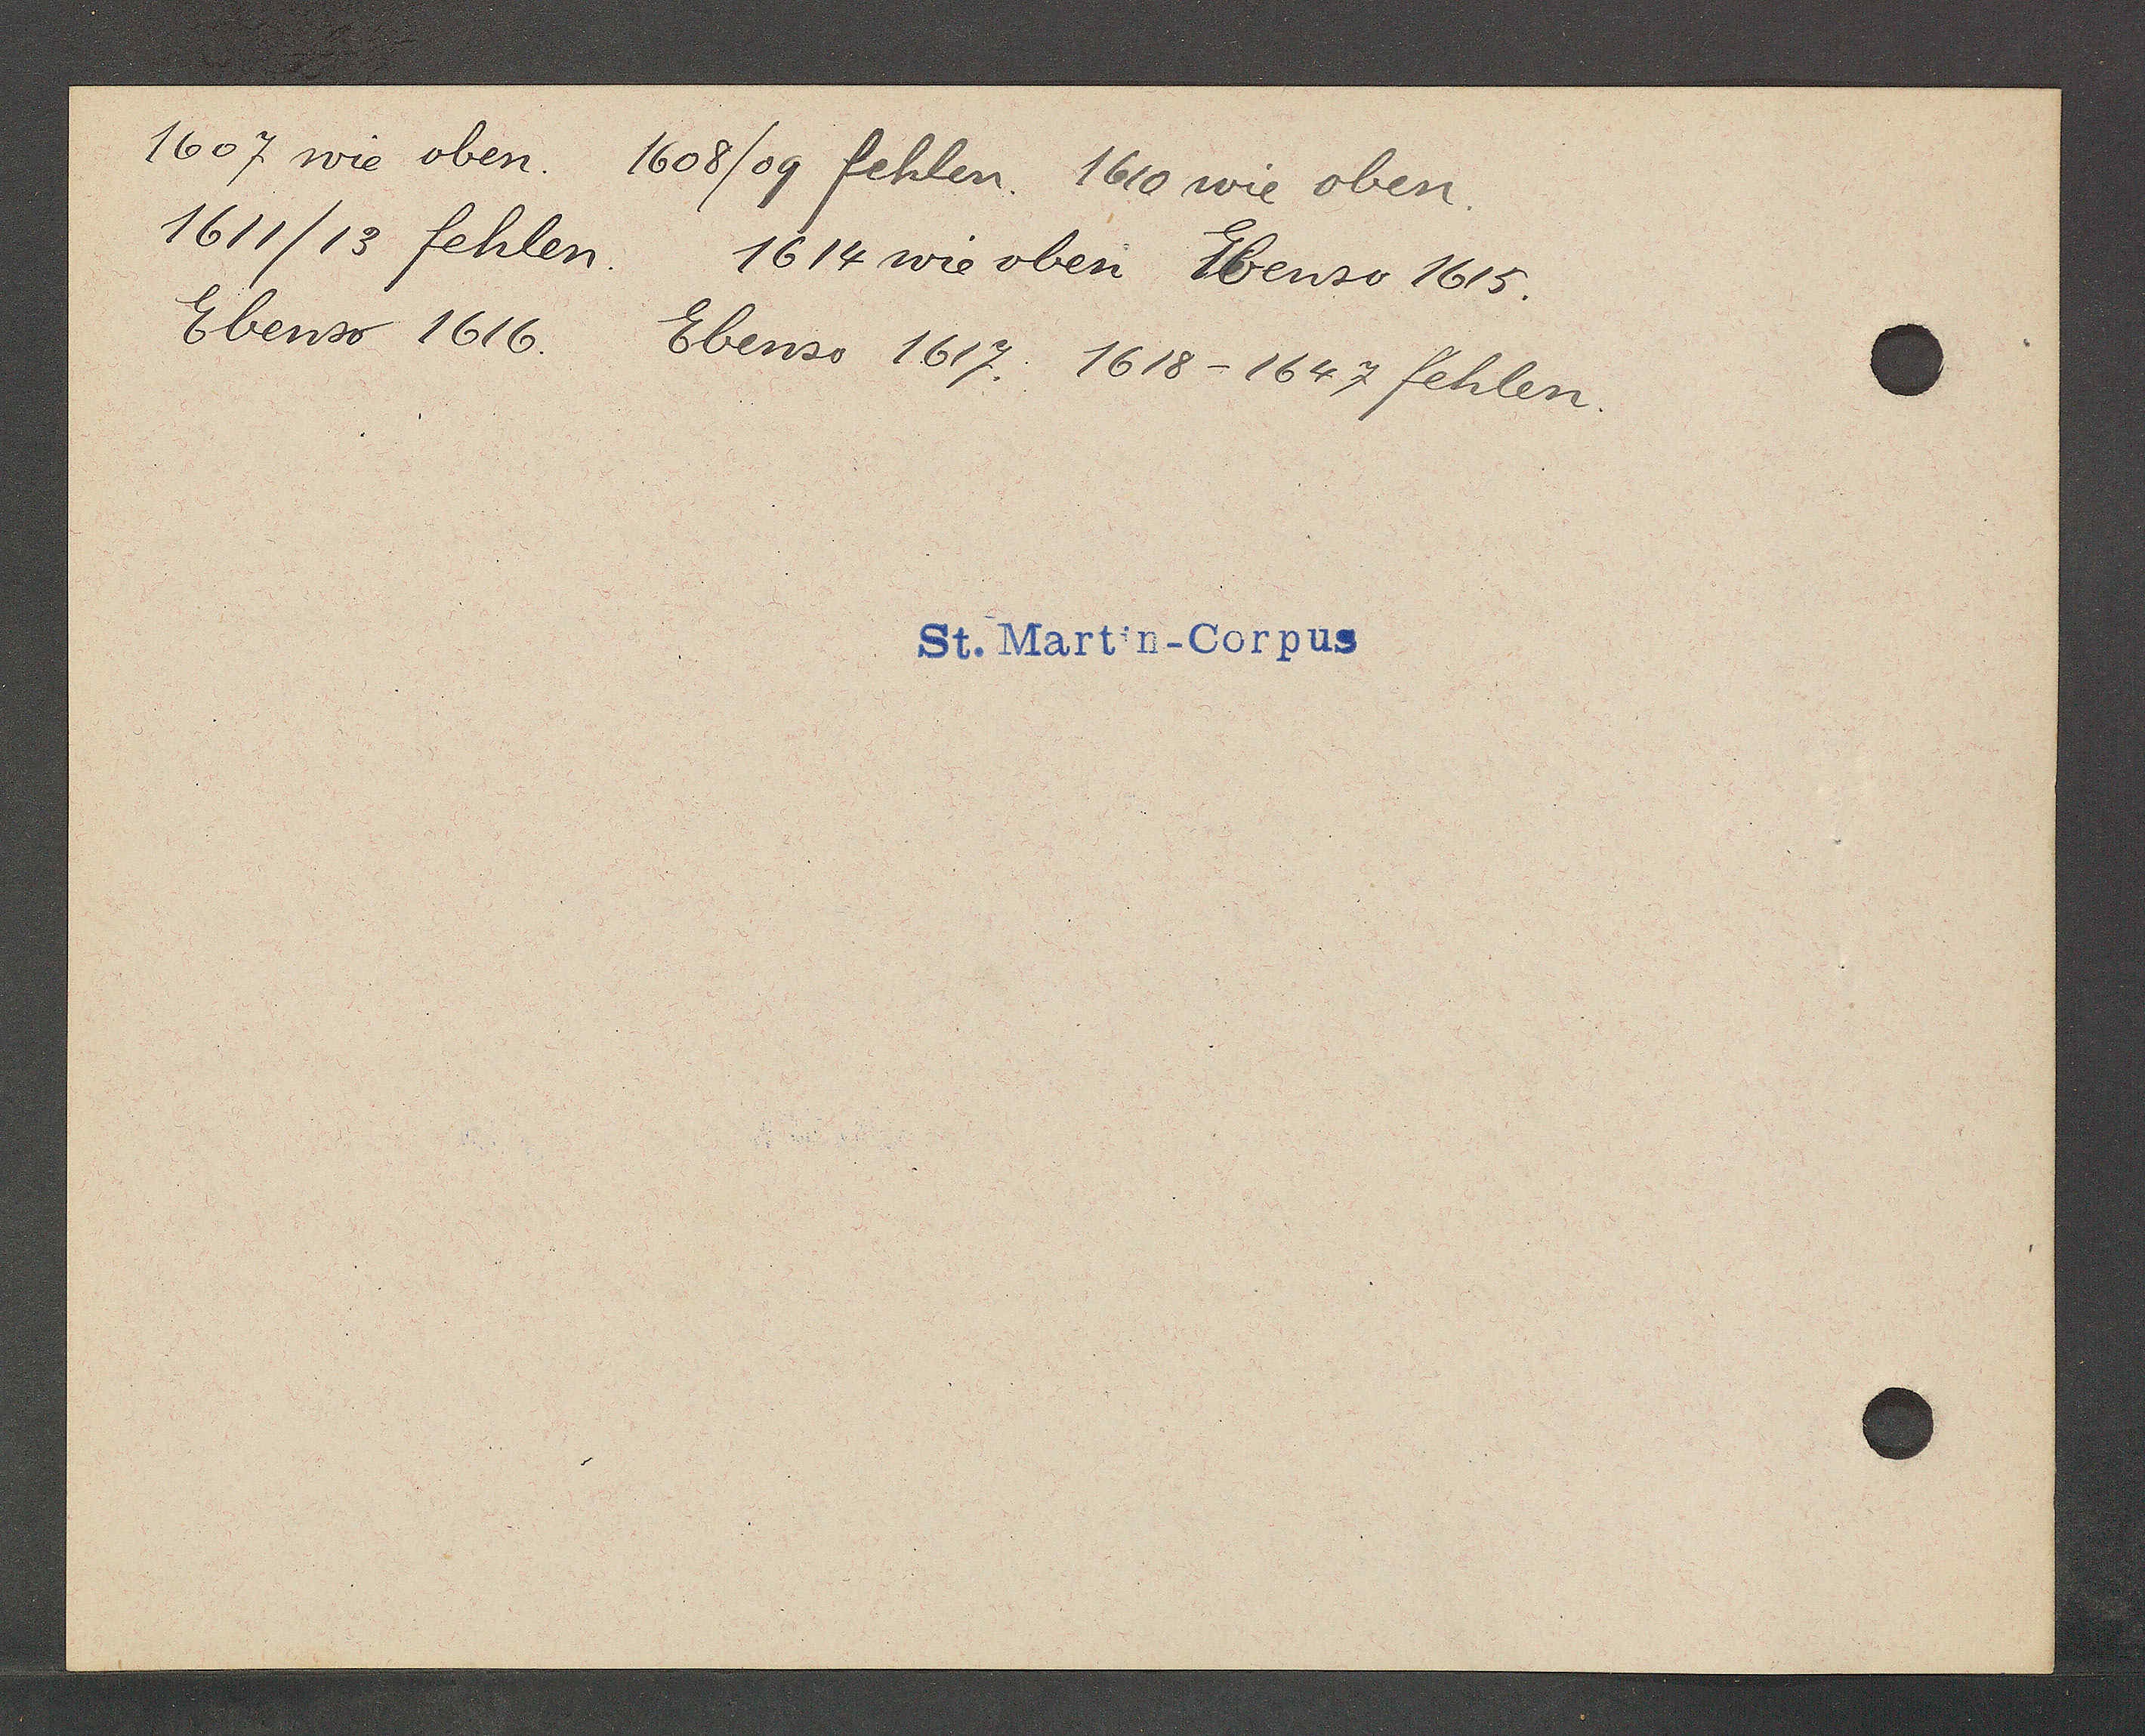
Transcript:
1607 wie oben.
1608/09 fehlen. 1610 wie oben.
1611/13 fehlen.
1614 wie oben Ebenso 1615.
Ebenso 1616.
Ebenso 1617. 1618 - 1647 fehlen.

St. Martin-Corpus